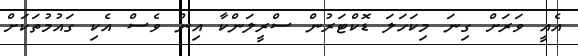
އެއީ ވަރަށް ގިނަ މިކަހަލަ ޑޮކްޓަރުން ސްރީލަންކާ އިން ވެސް އެކި ގައުމުތަކަށް